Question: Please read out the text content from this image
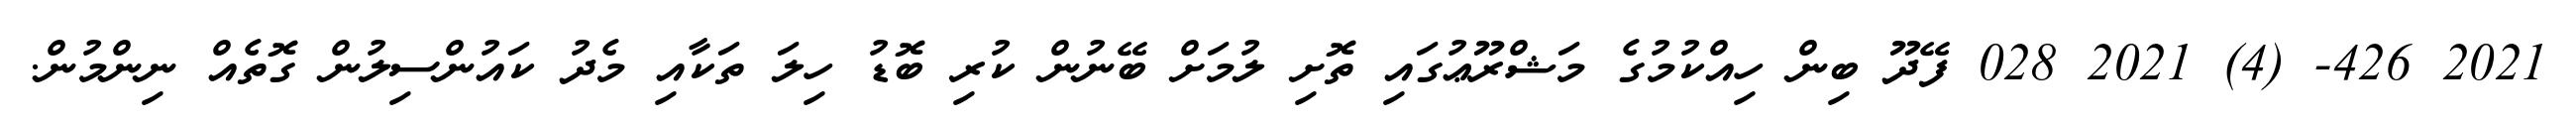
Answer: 2021 426- (4) 2021 028 ފޭދޫ ބިން ހިއްކުމުގެ މަޝްރޫޢުގައި ތޮށި ލުމަށް ބޭނުން ކުރި ބޮޑު ހިލަ ތަކާއި މެދު ކައުންސިލުން ގޮތެއް ނިންމުން.